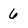
Character: 6